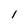
Character: 1